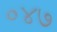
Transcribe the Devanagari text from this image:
०४७